Vaccination in Bombay 1913-1923 - 1913-1923
Year: 1913
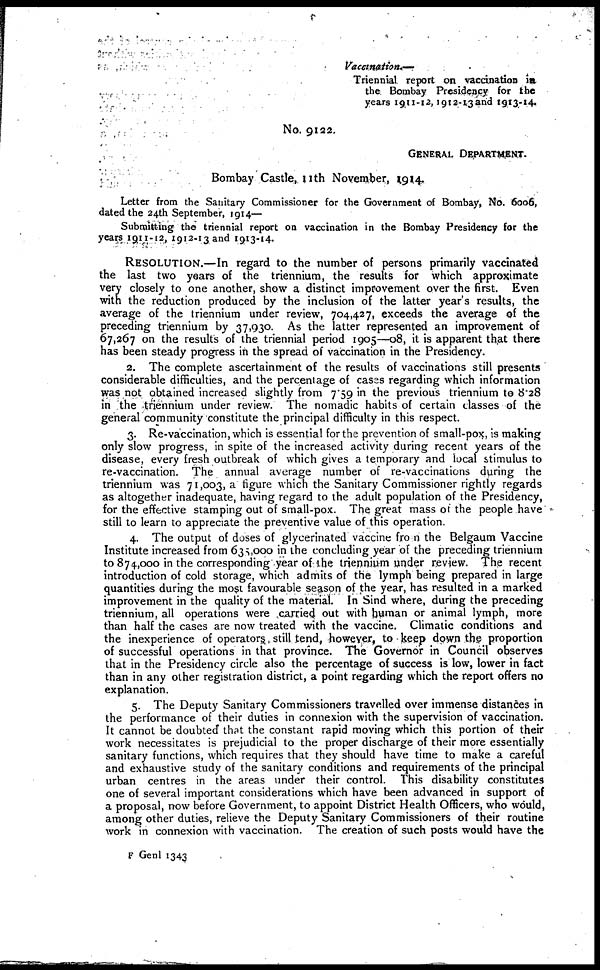
Vaccination.—
Triennial report on vaccination in
the Bombay Presidency for the
years 1911-12, 1912-13 and 1913-14.
No. 9122.
GENERAL DEPARTMENT.
Bombay Castle, 11th November, 1914.
Letter from the Sanitary Commissioner for the Government of Bombay, No. 6006,
dated the 24th September, 1914—
Submitting the triennial report on vaccination in the Bombay Presidency for the
years 1911-12, 1912-13and 1913-14.
RESOLUTION.—In regard to the number of persons primarily vaccinated
the last two years of the triennium, the results for which approximate
very closely to one another, show a distinct improvement over the first. Even
with the reduction produced by the inclusion of the latter year's results, the
average of the triennium under review, 704,427, exceeds the average of the
preceding triennium by 37,930. As the latter represented an improvement of
67,267 on the results of the triennial period 1905—08, it is apparent that there
has been steady progress in the spread of vaccination in the Presidency.
2. The complete ascertainment of the results of vaccinations still presents
considerable difficulties, and the percentage of cases regarding which information
was not obtained increased slightly from 7.59 in the previous triennium to 8.28
in the triennium under review. The nomadic habits of certain classes of the
general community constitute the principal difficulty in this respect.
3. Re-vaccination, which is essential for the prevention of small-pox, is making
only slow progress, in spite of the increased activity during recent years of the
disease, every fresh outbreak of which gives a temporary and local stimulus to
re-vaccination. The annual average number of re-vaccinations during the
triennium was 71,003, a figure which the Sanitary Commissioner rightly regards
as altogether inadequate, having regard to the adult population of the Presidency,
for the effective stamping out of small-pox. The great mass of the people have
still to learn to appreciate the preventive value of this operation.
4. The output of doses of glycerinated vaccine from the Belgaum Vaccine
Institute increased from 635,000 in the concluding year of the preceding triennium
to 874,000 in the corresponding year of the triennium under review. The recent
introduction of cold storage, which admits of the lymph being prepared in large
quantities during the most favourable season of the year, has resulted in a marked
improvement in the quality of the material. In Sind where, during the preceding
triennium, all operations were carried out with human or animal lymph, more
than half the cases are now treated with the vaccine. Climatic conditions and
the inexperience of operators still tend, however, to keep down the proportion
of successful operations in that province. The Governor in Council observes
that in the Presidency circle also the percentage of success is low, lower in fact
than in any other registration district, a point regarding which the report offers no
explanation.
5. The Deputy Sanitary Commissioners travelled over immense distances in
the performance of their duties in connexion with the supervision of vaccination.
It cannot be doubted that the constant rapid moving which this portion of their
work necessitates is prejudicial to the proper discharge of their more essentially
sanitary functions, which requires that they should have time to make a careful
and exhaustive study of the sanitary conditions and requirements of the principal
urban centres in the areas under their control. This disability constitutes
one of several important considerations which have been advanced in support of
a proposal, now before Government, to appoint District Health Officers, who would,
among other duties, relieve the Deputy Sanitary Commissioners of their routine
work in connexion with vaccination. The creation of such posts would have the
F Genl 1343